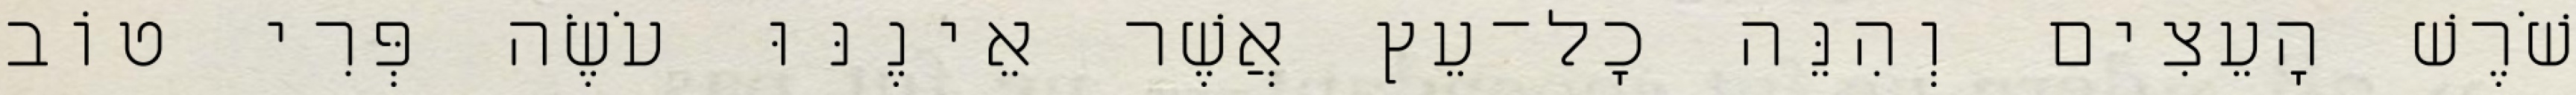
שֹׁרֶשׁ הָעֵצִים וְהִנֵּה כָל־עֵץ אֲשֶׁר אֵינֶנּוּ עֹשֶׂה פְּרִי טוֹב